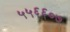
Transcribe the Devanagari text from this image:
५५६६०७